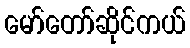
မော်တော်ဆိုင်ကယ်